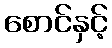
စောင်နှင့်